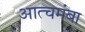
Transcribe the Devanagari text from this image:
आत्चमंबा